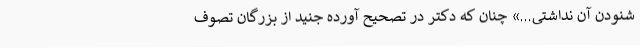
شنودن آن نداشتی...» چنان که دکتر در تصحیح آورده جُنید از بزرگان تصوف